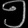
Digit: ၅